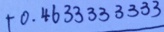
+ 0 . 4 6 3 3 3 3 3 3 3 3